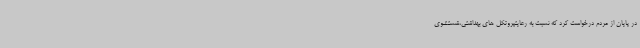
در پایان از مردم درخواست کرد که نسبت به رعایتپروتکل های بهداشتی،شستشوی